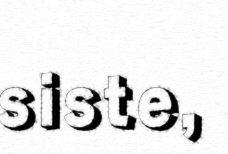
siste,